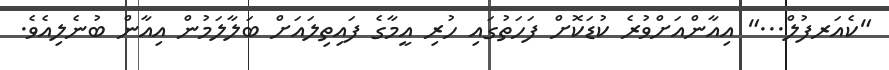
"ކެއަރފުލް..." އިއާންއަށްވުރެ ކުޑަކޮށް ފަހަތުގައި ހުރި އީމާގެ ފައިތިލައަށް ބަލާލަމުން އިއާން ބުނެލިއެވެ.